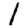
Digit: 1